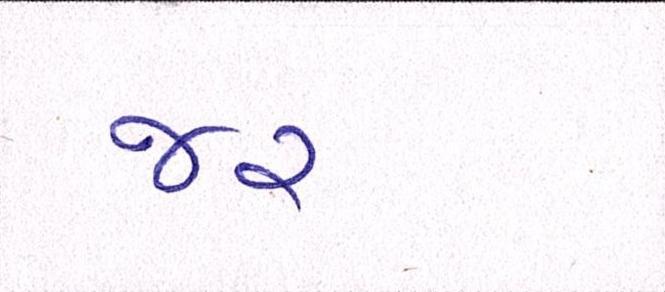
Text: જર